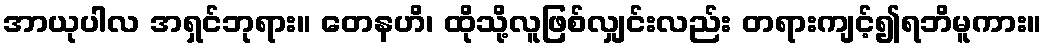
အာယုပါလ အရှင်ဘုရား။ တေနဟိ၊ ထိုသို့လူဖြစ်လျှင်းလည်း တရားကျင့်၍ရဘိမူကား။